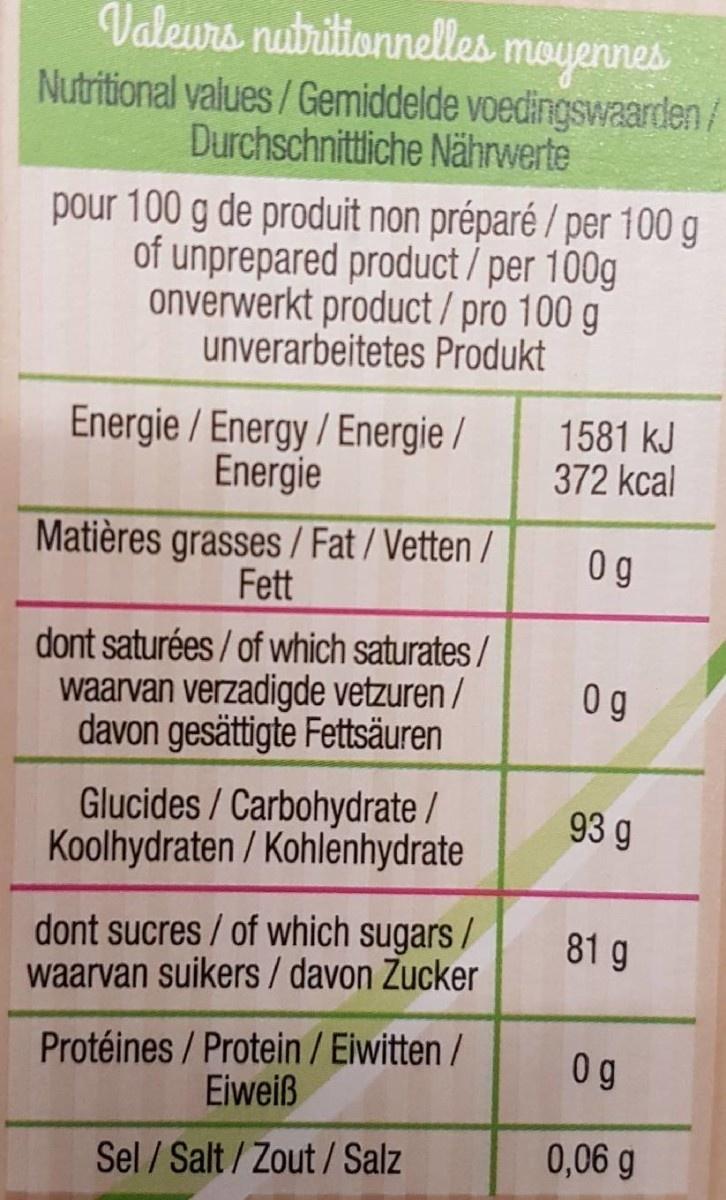
Valeurs nutritionnelles moyennes Nutritional values/Gemiddelde voedingswaarden/ Durchschnittliche Nährwerte
pour 100 g de produit non préparé / per 100 g of unprepared product / per 100g onverwerkt product / pro 100 g unverarbeitetes Produkt
Energie / Energy / Energie / Energie
1581 kJ 372 kcal
Matières grasses / Fat / Vetten / Fett
0g
dont saturées / of which saturates / waarvan verzadigde vetzuren / davon gesättigte Fettsäuren
0 g
Glucides / Carbohydrate / Koolhydraten / Kohlenhydrate
93 g
dont sucres / of which sugars / waarvan suikers / davon Zucker
81 g
Protéines / Protein / Eiwitten / Eiweiß
0g
Sel / Salt / Zout /Salz
0,06 g